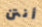
أنتن